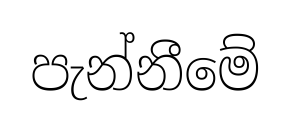
පැන්නීමේ